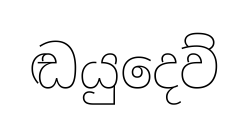
ඬයුදෙව්